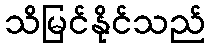
သိမြင်နိုင်သည်